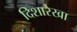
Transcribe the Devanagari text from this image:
दिशारेखा